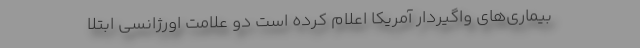
بیماری‌های واگیردار آمریکا اعلام کرده است دو علامت اورژانسی ابتلا